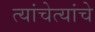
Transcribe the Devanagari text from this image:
त्यांचेत्यांचे